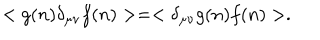
< g ( n ) \delta _ { \mu \nu } f ( n ) > = < \delta _ { \mu \nu } g ( n ) f ( n ) > .